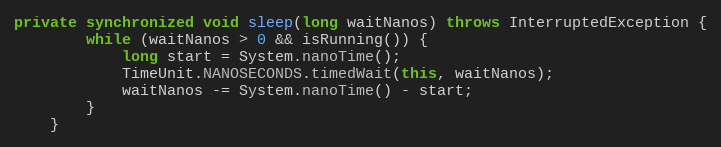
Language: Java
private synchronized void sleep(long waitNanos) throws InterruptedException {
        while (waitNanos > 0 && isRunning()) {
            long start = System.nanoTime();
            TimeUnit.NANOSECONDS.timedWait(this, waitNanos);
            waitNanos -= System.nanoTime() - start;
        }
    }